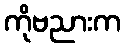
ကိုဗညားက